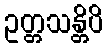
ဥတ္တသန္တိပိ